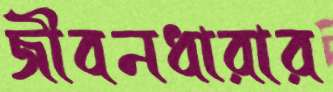
জীবনধারার